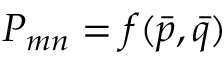
P _ { m n } = f ( { \bar { p } } , { \bar { q } } )